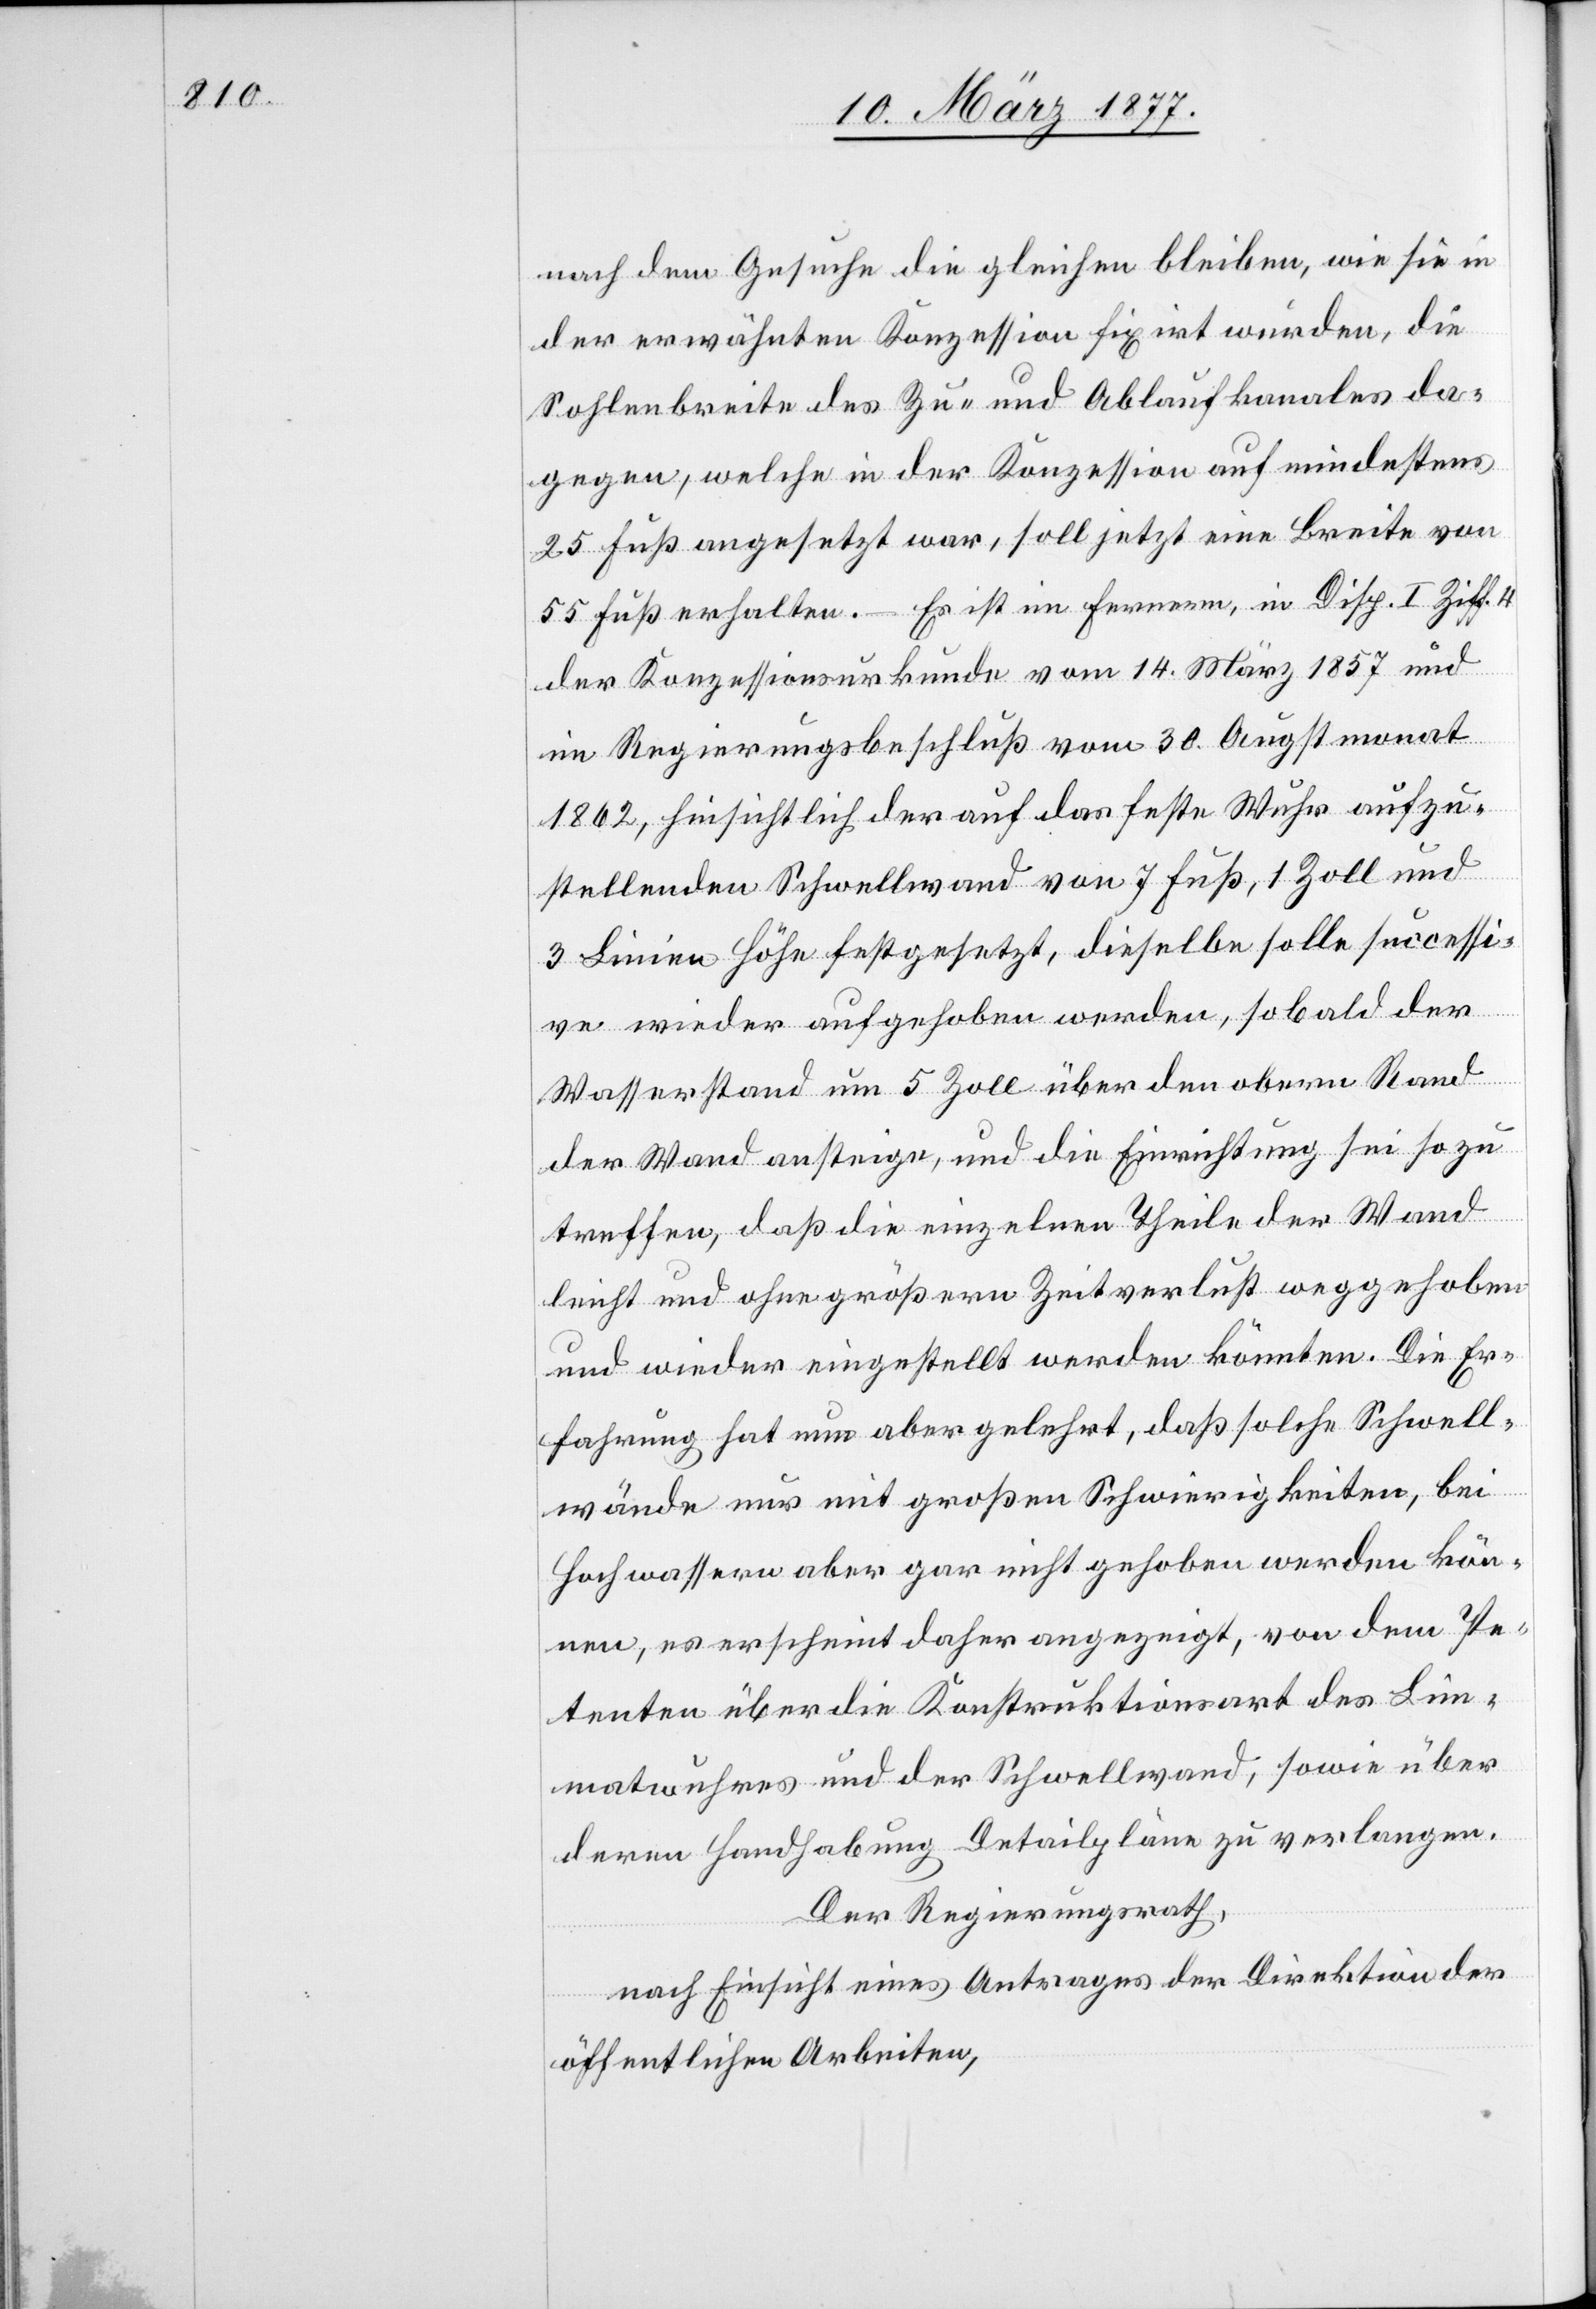
nach dem Gesuche die gleichen bleiben, wie sie in
der erwähnten Konzession fixirt wurden, die
Sohlenbreite des Zu- und Ablaufkanales da¬
gegen, welche in der Konzession auf mindestens
25 Fuß angesetzt war, soll jetzt eine Breite von
55 Fuß erhalten. – Es ist im Fernern, in Disp. I. Ziff. 4
der Konzessionsurkunde vom 14. März 1857 und
im Regierungsbeschluß vom 30. Augstmonat
1862, hinsichtlich der auf das feste Wuhr aufzu¬
stellenden Schwellwand von 7 Fuß, 1 Zoll und
3 Linien Höhe festgesetzt, dieselbe solle successi¬
ve wieder aufgehoben werden, sobald der
Wasserstand um 5 Zoll über den obern Rand
der Wand ansteige, und die Einrichtung sei so zu
treffen, daß die einzelnen Theile der Wand
leicht und ohne größern Zeitverlust weggehoben
und wieder eingestellt werden könnten. Die Er¬
fahrung hat nun aber gelehrt, daß solche Schwell¬
wände nur mit großen Schwierigkeiten, bei
Hochwassern aber gar nicht gehoben werden kön¬
nen, es erscheint daher angezeigt, von dem Pe¬
tenten über die Konstruktionsart des Lim¬
matwuhres und der Schwellwand, sowie über
deren Handhabung Detailpläne zu verlangen.
Der Regierungsrath,
nach Einsicht eines Antrages der Direktion der
öffentlichen Arbeiten,